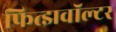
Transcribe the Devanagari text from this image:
फित्झवॉल्टर